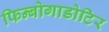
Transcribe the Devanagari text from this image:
फिन्बोगाडोटिर